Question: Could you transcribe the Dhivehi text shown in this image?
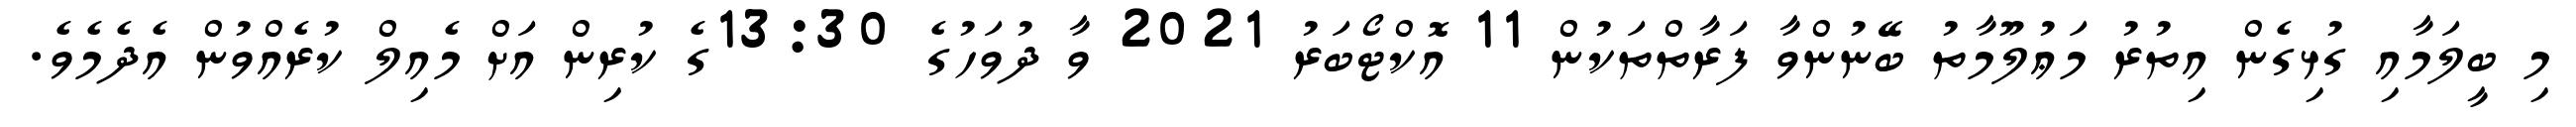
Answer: މި ބީލަމާއި ގުޅިގެން އިތުރު މަޢުލޫމާތު ބޭނުންވާ ފަރާތްތަކުން 11 އޮކްޓޯބަރު 2021 ވާ ދުވަހުގެ 13:30ގެ ކުރިން އަށް މެއިލް ކުރެއްވުން އެދެމެވެ.